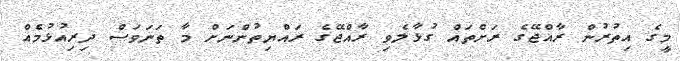
މީގެ އިތުރުން ރާއްޖޭގެ ރަށްތައް ގުޅާލެވި ރާއްޖޭގެ ރައްޔިތުންނަށް މާ ތަނަވަސް ދިރިއުޅުމެއް